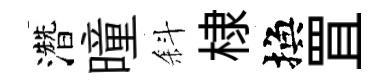
濳曈斜棣換罝